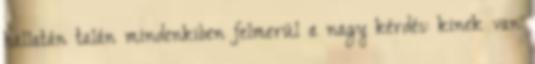
hallatán talán mindenkiben felmerül a nagy kérdés: kinek van